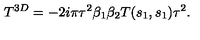
T ^ { 3 D } = - 2 i \pi \tau ^ { 2 } \beta _ { 1 } \beta _ { 2 } T ( s _ { 1 } , s _ { 1 } ) \tau ^ { 2 } .